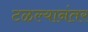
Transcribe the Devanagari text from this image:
टळल्यानंतर